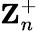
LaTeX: \textbf{Z}_{n}^{+}